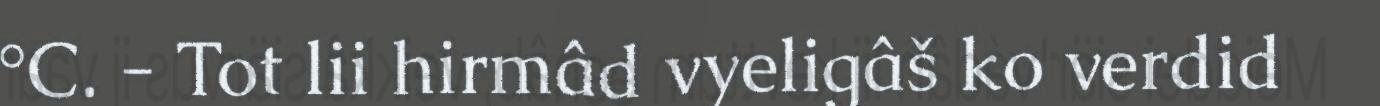
°C. - Tot lii hirmâd vyeligâš ko verdid